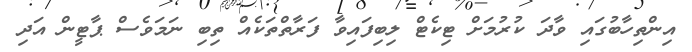
އިންތިހާބުގައި ވާދަ ކުރުމަށް ޓިކެޓް ލިބިފައިވާ ފަރާތްތަކެއް ތިބި ނަމަވެސް ޕާޓީން އަދި